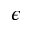
\epsilon